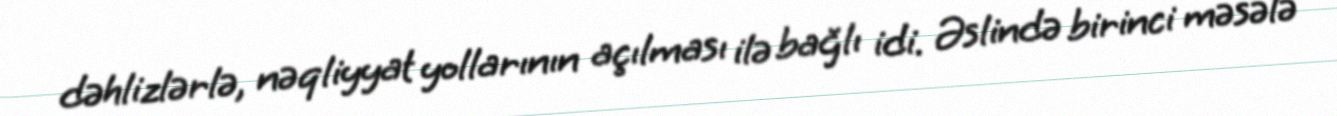
dəhlizlərlə, nəqliyyat yollarının açılması ilə bağlı idi. Əslində birinci məsələ